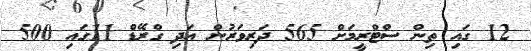
12 ގައި ތިން ސްޓްރީމަށް 565 ދަރިވަރުން އަދި ގްރޭޑް 11ގައި 500